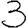
Digit: 3